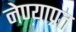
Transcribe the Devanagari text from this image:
नेण्याप्रत